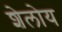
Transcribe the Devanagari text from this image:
शेलोय